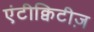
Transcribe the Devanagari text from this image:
एंटीक्विटीज़